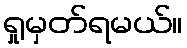
ရှုမှတ်ရမယ်။